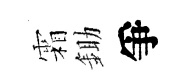
霜鋤爭